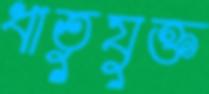
ধাতুযুক্ত